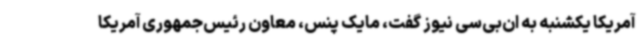
آمریکا یکشنبه به ان‌بی‌سی نیوز گفت، مایک پنس، معاون رئیس‌جمهوری آمریکا